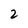
Character: 2